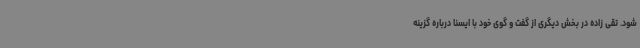
شود. تقی زاده در بخش دیگری از گفت و گوی خود با ایسنا درباره گزینه